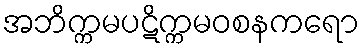
အဘိက္ကမပဋိက္ကမဝစနကရော